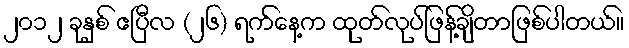
၂၀၁၂ ခုနှစ် ဧပြီလ (၂၆) ရက်နေ့က ထုတ်လုပ်ဖြန့်ချိတာဖြစ်ပါတယ်။